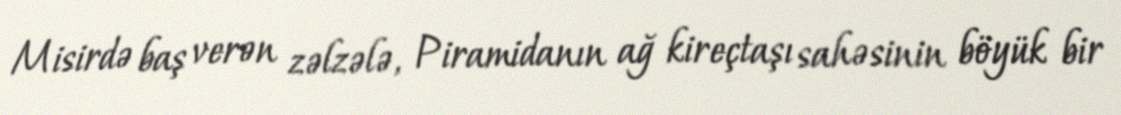
Misirdə baş verən zəlzələ, Piramidanın ağ kireçtaşı sahəsinin böyük bir